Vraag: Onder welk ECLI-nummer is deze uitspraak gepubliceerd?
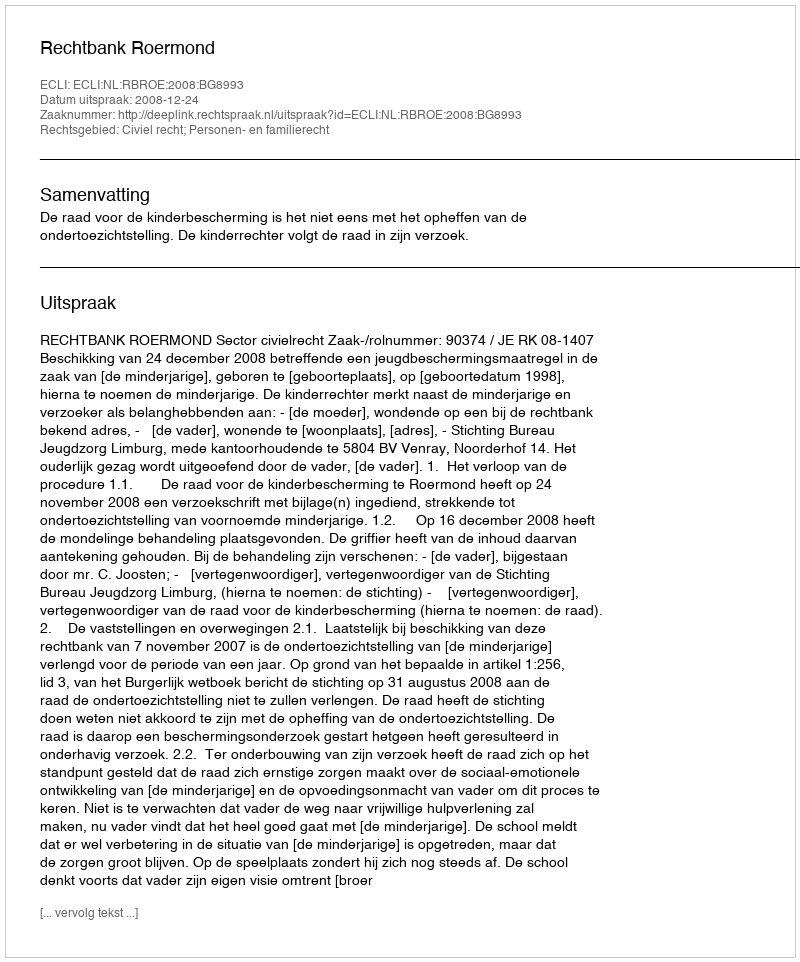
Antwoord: ECLI:NL:RBROE:2008:BG8993